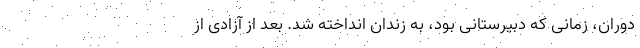
دوران، زمانی که دبیرستانی بود، به زندان انداخته شد. بعد از آزادی از